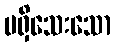
မရှိသေးသော